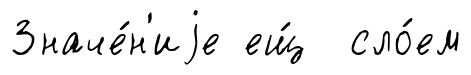
Значе́н'иjе ещ́ сло́ем